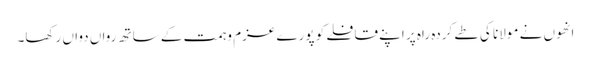
انھوں نے مولانا کی طے کردہ راہ پر اپنے قافلے کو پورے عزم وہمت کے ساتھ رواں دواں رکھا۔